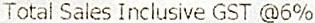
TOTAL SALES INCLUSIVE GST @6%